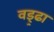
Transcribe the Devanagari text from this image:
वड्र्ढा